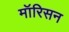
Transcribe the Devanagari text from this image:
मॉरिसन